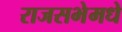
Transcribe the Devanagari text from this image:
राजसभेमधे